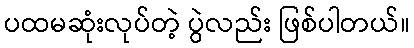
ပထမဆုံးလုပ်တဲ့ ပွဲလည်း ဖြစ်ပါတယ်။